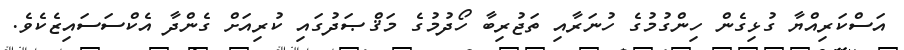
އަސްކަރިއްޔާ ގުޅިގެން ހިންގުމުގެ ހުނަރާއި ތަޖުރިބާ ހޯދުމުގެ މަޤްޞަދުގައި ކުރިއަށް ގެންދާ އެކްސަސައިޒެކެވެ.